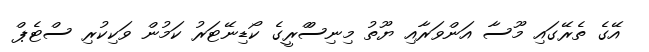
އޭގެ ތެރޭގައި މޫސާ އަންވަރާއި ޔޫތު މިނިސްްރީގެ ކޯޑިނޭޓަރު ކަމުން ވަކިކުރި ސްޓެޕް